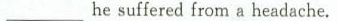
____he suffered from aheadache